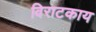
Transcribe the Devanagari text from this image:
विराटकाय